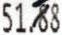
51.88